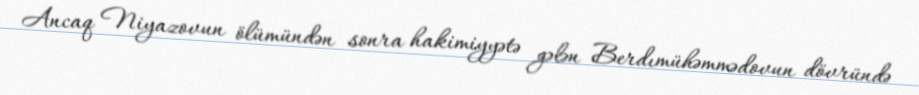
Ancaq Niyazovun ölümündən sonra hakimiyyətə gələn Berdımühəmmədovun dövründə